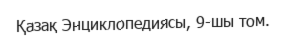
Қазақ Энциклопедиясы, 9-шы том.